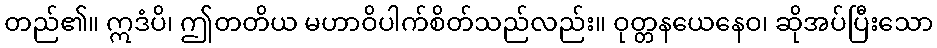
တည်၏။ ဣဒံပိ၊ ဤတတိယ မဟာဝိပါက်စိတ်သည်လည်း။ ဝုတ္တနယေနေဝ၊ ဆိုအပ်ပြီးသော